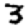
Digit: 3